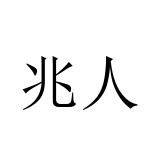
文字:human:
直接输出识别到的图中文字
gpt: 兆人